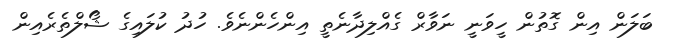
ބަލަން އިން ގޮތުން ހީވަނީ ނަވާރް ގެއްލިދާނެތީ އިންހެންނެވެ. ހުދު ކުލައިގެ ޝޯލްތެރެއިން